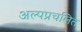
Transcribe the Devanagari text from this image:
अल्पप्रचलित